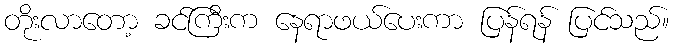
တိုးလာတော့ ခင်ကြီးက နေရာဖယ်ပေးကာ ပြန်ရန် ပြင်သည်။